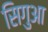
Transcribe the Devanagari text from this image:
सिगुआ